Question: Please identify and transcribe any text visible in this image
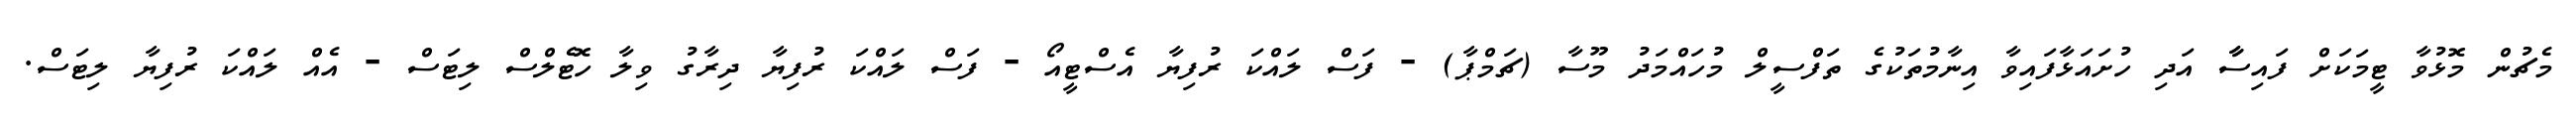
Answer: މެޗުން މޮޅުވާ ޓީމަކަށް ފައިސާާ އަދި ހުށައަޅާފައިވާ އިނާމުތަކުގެ ތަފްސީލް މުހައްމަދު މޫސާ (ޗަމްޕާ) - ފަސް ލައްކަ ރުފިޔާ އެސްޓީއޯ - ފަސް ލައްކަ ރުފިޔާ ދިރާގު ވިލާ ހޮޓެލްސް ލިޓަސް - އެއް ލައްކަ ރުފިޔާ ލިޓަސް.